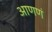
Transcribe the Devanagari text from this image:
आणणं